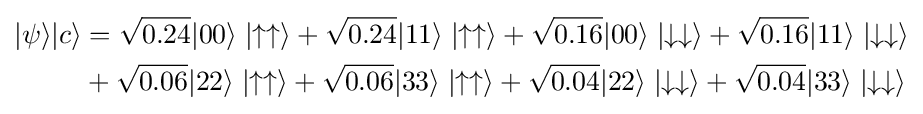
{\begin{aligned}|\psi \rangle |c\rangle &={\sqrt {0.24}}|00\rangle \mid \uparrow \uparrow \rangle +{\sqrt {0.24}}|11\rangle \mid \uparrow \uparrow \rangle +{\sqrt {0.16}}|00\rangle \mid \downarrow \downarrow \rangle +{\sqrt {0.16}}|11\rangle \mid \downarrow \downarrow \rangle \\&+{\sqrt {0.06}}|22\rangle \mid \uparrow \uparrow \rangle +{\sqrt {0.06}}|33\rangle \mid \uparrow \uparrow \rangle +{\sqrt {0.04}}|22\rangle \mid \downarrow \downarrow \rangle +{\sqrt {0.04}}|33\rangle \mid \downarrow \downarrow \rangle \end{aligned}}